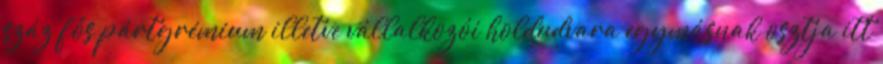
száz fős pártgrémium illetve vállalkozói holdudvara egymásnak osztja itt